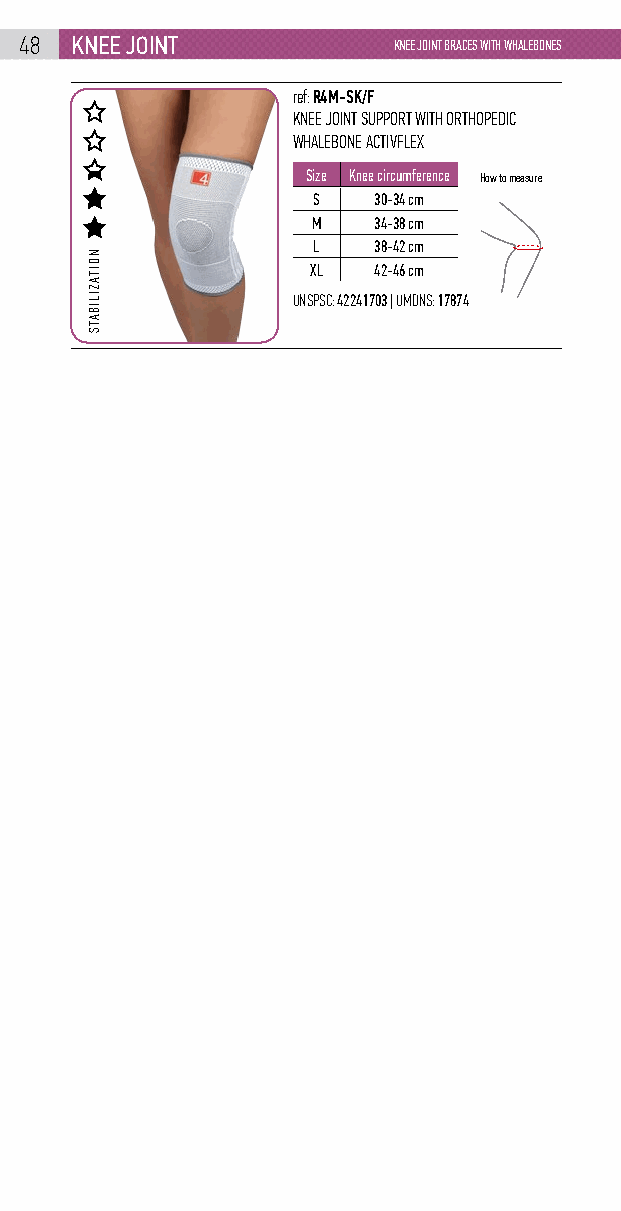
48  knEE joint           KNEE JOINT BRACES WITH WHALEBONES
 ref: R4M-SK/F
 KNEE JOINT SUPPORT WITH ORTHOPEDIC
 WHALEBONE ACTIVFLEX
 Size Knee circumference How to measure
 S   30-34 cm
 M   34-38 cm
 L   38-42 cm
 XL  42-46 cm
 UNSPSC: 42241703 | UMDNS: 17874
 NOITAZILIBATS